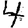
Digit: 4